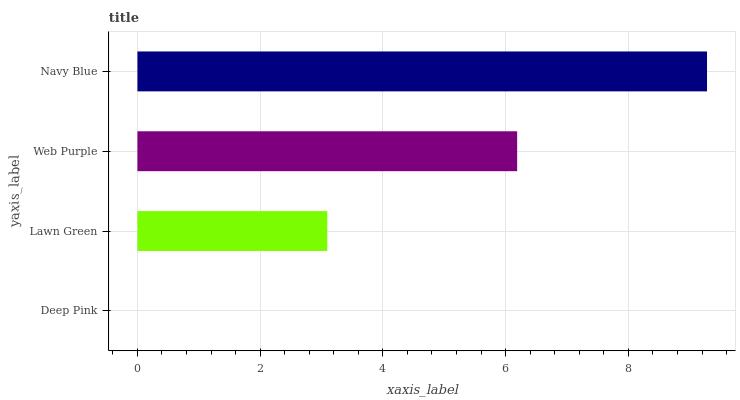
| yaxis_label | bars |
 | --- | --- |
 | Deep Pink | 0 |
 | Lawn Green | 3.09 |
 | Web Purple | 6.19 |
 | Navy Blue | 9.28 |